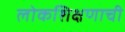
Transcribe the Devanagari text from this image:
लोकशिक्षणाची